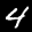
Label: 4